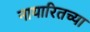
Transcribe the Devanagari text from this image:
नायारितच्या